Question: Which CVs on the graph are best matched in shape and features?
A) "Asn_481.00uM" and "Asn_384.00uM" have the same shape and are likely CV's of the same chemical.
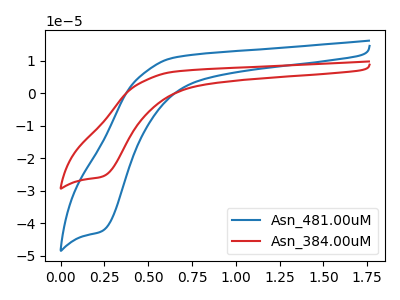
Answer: <think>The blue curve "Asn_481.00uM" has a cathodic peak at: (0.25V, -42.50uA). The red curve "Asn_384.00uM" has a cathodic peak at: (0.25V, -25.70uA).
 All the peaks in "Asn_481.00uM" have a peak in "Asn_384.00uM" at the same potential. Every peak in "Asn_481.00uM" is higher than every peak in "Asn_384.00uM".</think>
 <answer>A) "Asn_481.00uM" and "Asn_384.00uM" have the same shape and are likely CV's of the same chemical.</answer>
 <eval>A</eval>